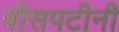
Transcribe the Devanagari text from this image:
वीसपटीनी